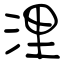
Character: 浬